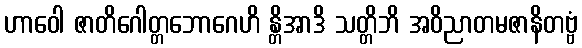
ဟာဝေါ ဇာတိဂေါတ္တဘောဂေဟိ န္တိအာဒိ သတ္တိဘိ အဝိညာတမဇာနိတဗ္ဗံ